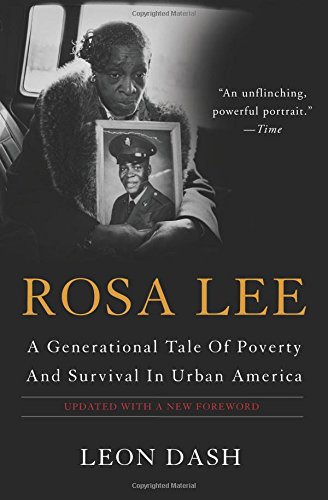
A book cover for Rosa Lee: A Generational Tale Of Poverty And Survival In Urban America; Leon Dash; Politics & Social Sciences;